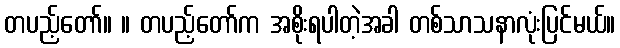
တပည့်တော်။ ။ တပည့်တော်က အစိုးရပါတဲ့အခါ တစ်သာသနာလုံးပြင်မယ်။